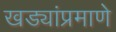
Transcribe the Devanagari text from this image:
खड्यांप्रमाणे